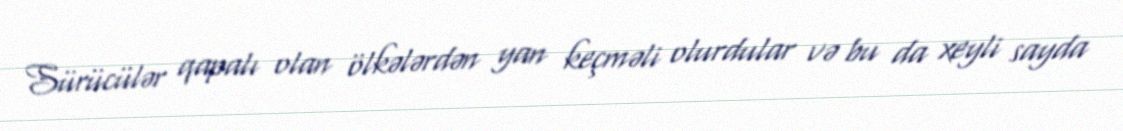
Sürücülər qapalı olan ölkələrdən yan keçməli olurdular və bu da xeyli sayda